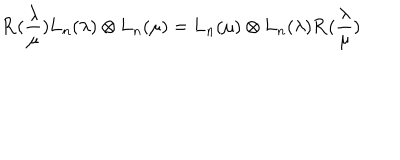
{ \bf R } ( \frac { \lambda } { \mu } ) { \bf L } _ { n } ( \lambda ) \otimes { \bf L } _ { n } ( \mu ) = { \bf L } _ { n } ( \mu ) \otimes { \bf L } _ { n } ( \lambda ) { \bf R } ( \frac { \lambda } { \mu } )